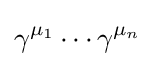
\gamma ^{\mu _{1}}\cdots \gamma ^{\mu _{n}}